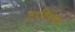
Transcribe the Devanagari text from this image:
तदविषयक